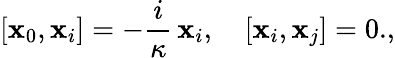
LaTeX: [\mathbf{x}_{0},\mathbf{x}_{i}]=-\frac{{i}}{{\kappa}}\, \mathbf{x}_{i},\quad[\mathbf{x}_{i},\mathbf{x}_{j}]=0.,